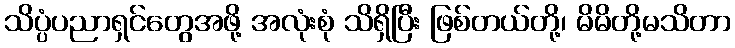
သိပ္ပံပညာရှင်တွေအဖို့ အလုံးစုံ သိရှိပြီး ဖြစ်တယ်တို့၊ မိမိတို့မသိတာ